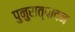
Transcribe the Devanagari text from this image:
पुनुरात्पादन